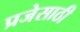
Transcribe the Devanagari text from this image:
प्रजेसाठी